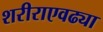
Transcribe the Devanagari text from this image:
शरीराएवढ्या